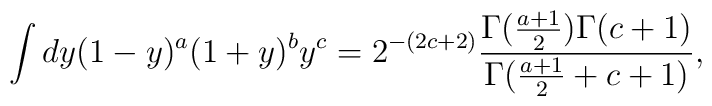
\int dy  (1-y)^a(1+y)^by^c=2^{-(2c+2)}{\Gamma({a+1\over2})\Gamma(c+1)\over \Gamma({a+1\over2}+c+1)},